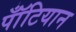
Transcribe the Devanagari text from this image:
पॉँटियान